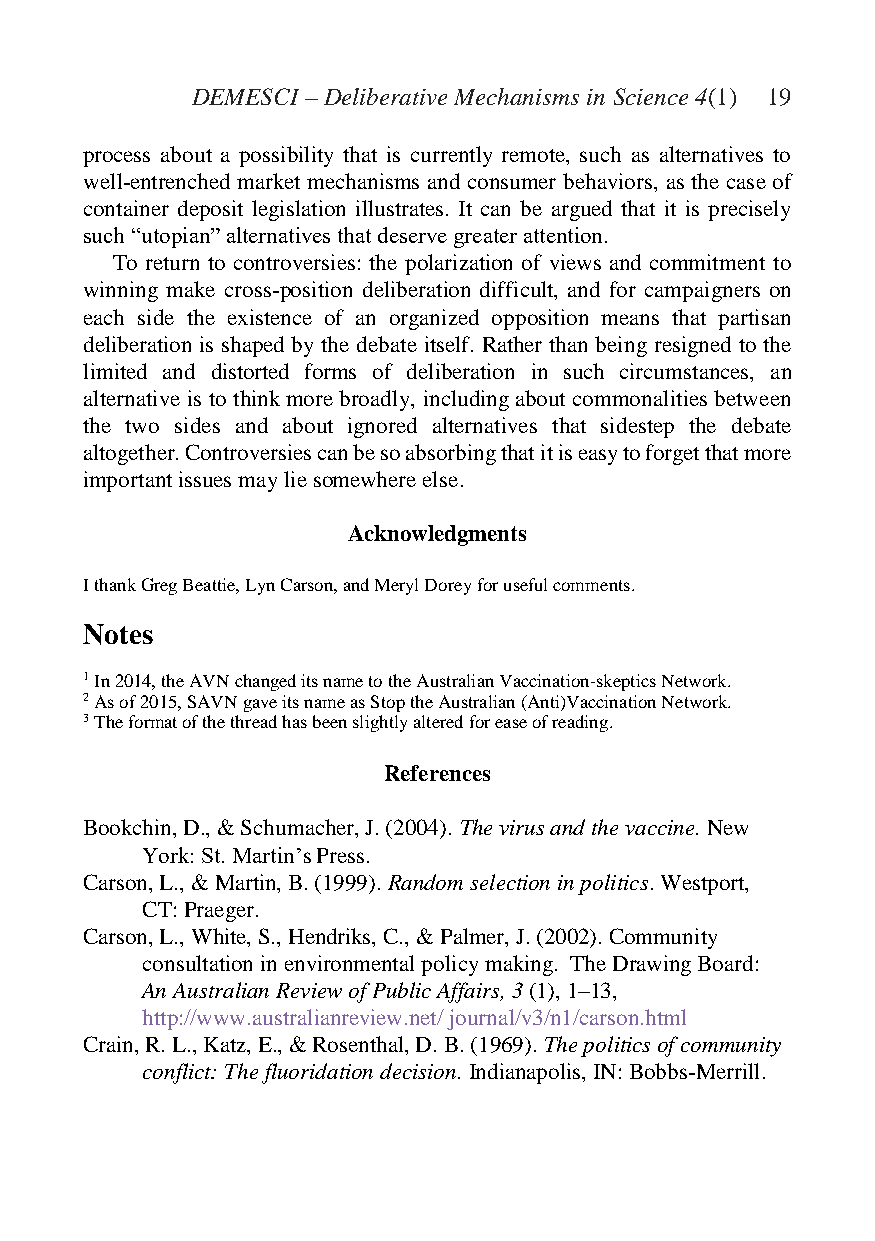
DEMESCI – Deliberative Mechanisms in Science 4(1) 19
 process about a possibility that is currently remote, such as alternatives to
 well-entrenched market mechanisms and consumer behaviors, as the case of
 container deposit legislation illustrates. It can be argued that it is precisely
 such “utopian” alternatives that deserve greater attention.
 To return to controversies: the polarization of views and commitment to
 winning make cross-position deliberation difficult, and for campaigners on
 each side the existence of an organized opposition means that partisan
 deliberation is shaped by the debate itself. Rather than being resigned to the
 limited and distorted forms of deliberation in such circumstances, an
 alternative is to think more broadly, including about commonalities between
 the two sides and about ignored alternatives that sidestep the debate
 altogether. Controversies can be so absorbing that it is easy to forget that more
 important issues may lie somewhere else.
 Acknowledgments
 I thank Greg Beattie, Lyn Carson, and Meryl Dorey for useful comments.
 Notes
 1 In 2014, the AVN changed its name to the Australian Vaccination-skeptics Network.
 2 As of 2015, SAVN gave its name as Stop the Australian (Anti)Vaccination Network.
 3 The format of the thread has been slightly altered for ease of reading.
 References
 Bookchin, D., & Schumacher, J. (2004). The virus and the vaccine. New
 York: St. Martin’s Press.
 Carson, L., & Martin, B. (1999). Random selection in politics. Westport,
 CT: Praeger.
 Carson, L., White, S., Hendriks, C., & Palmer, J. (2002). Community
 consultation in environmental policy making. The Drawing Board:
 An Australian Review of Public Affairs, 3 (1), 1–13,
 http://www.australianreview.net/ journal/v3/n1/carson.html
 Crain, R. L., Katz, E., & Rosenthal, D. B. (1969). The politics of community
 conflict: The fluoridation decision. Indianapolis, IN: Bobbs-Merrill.